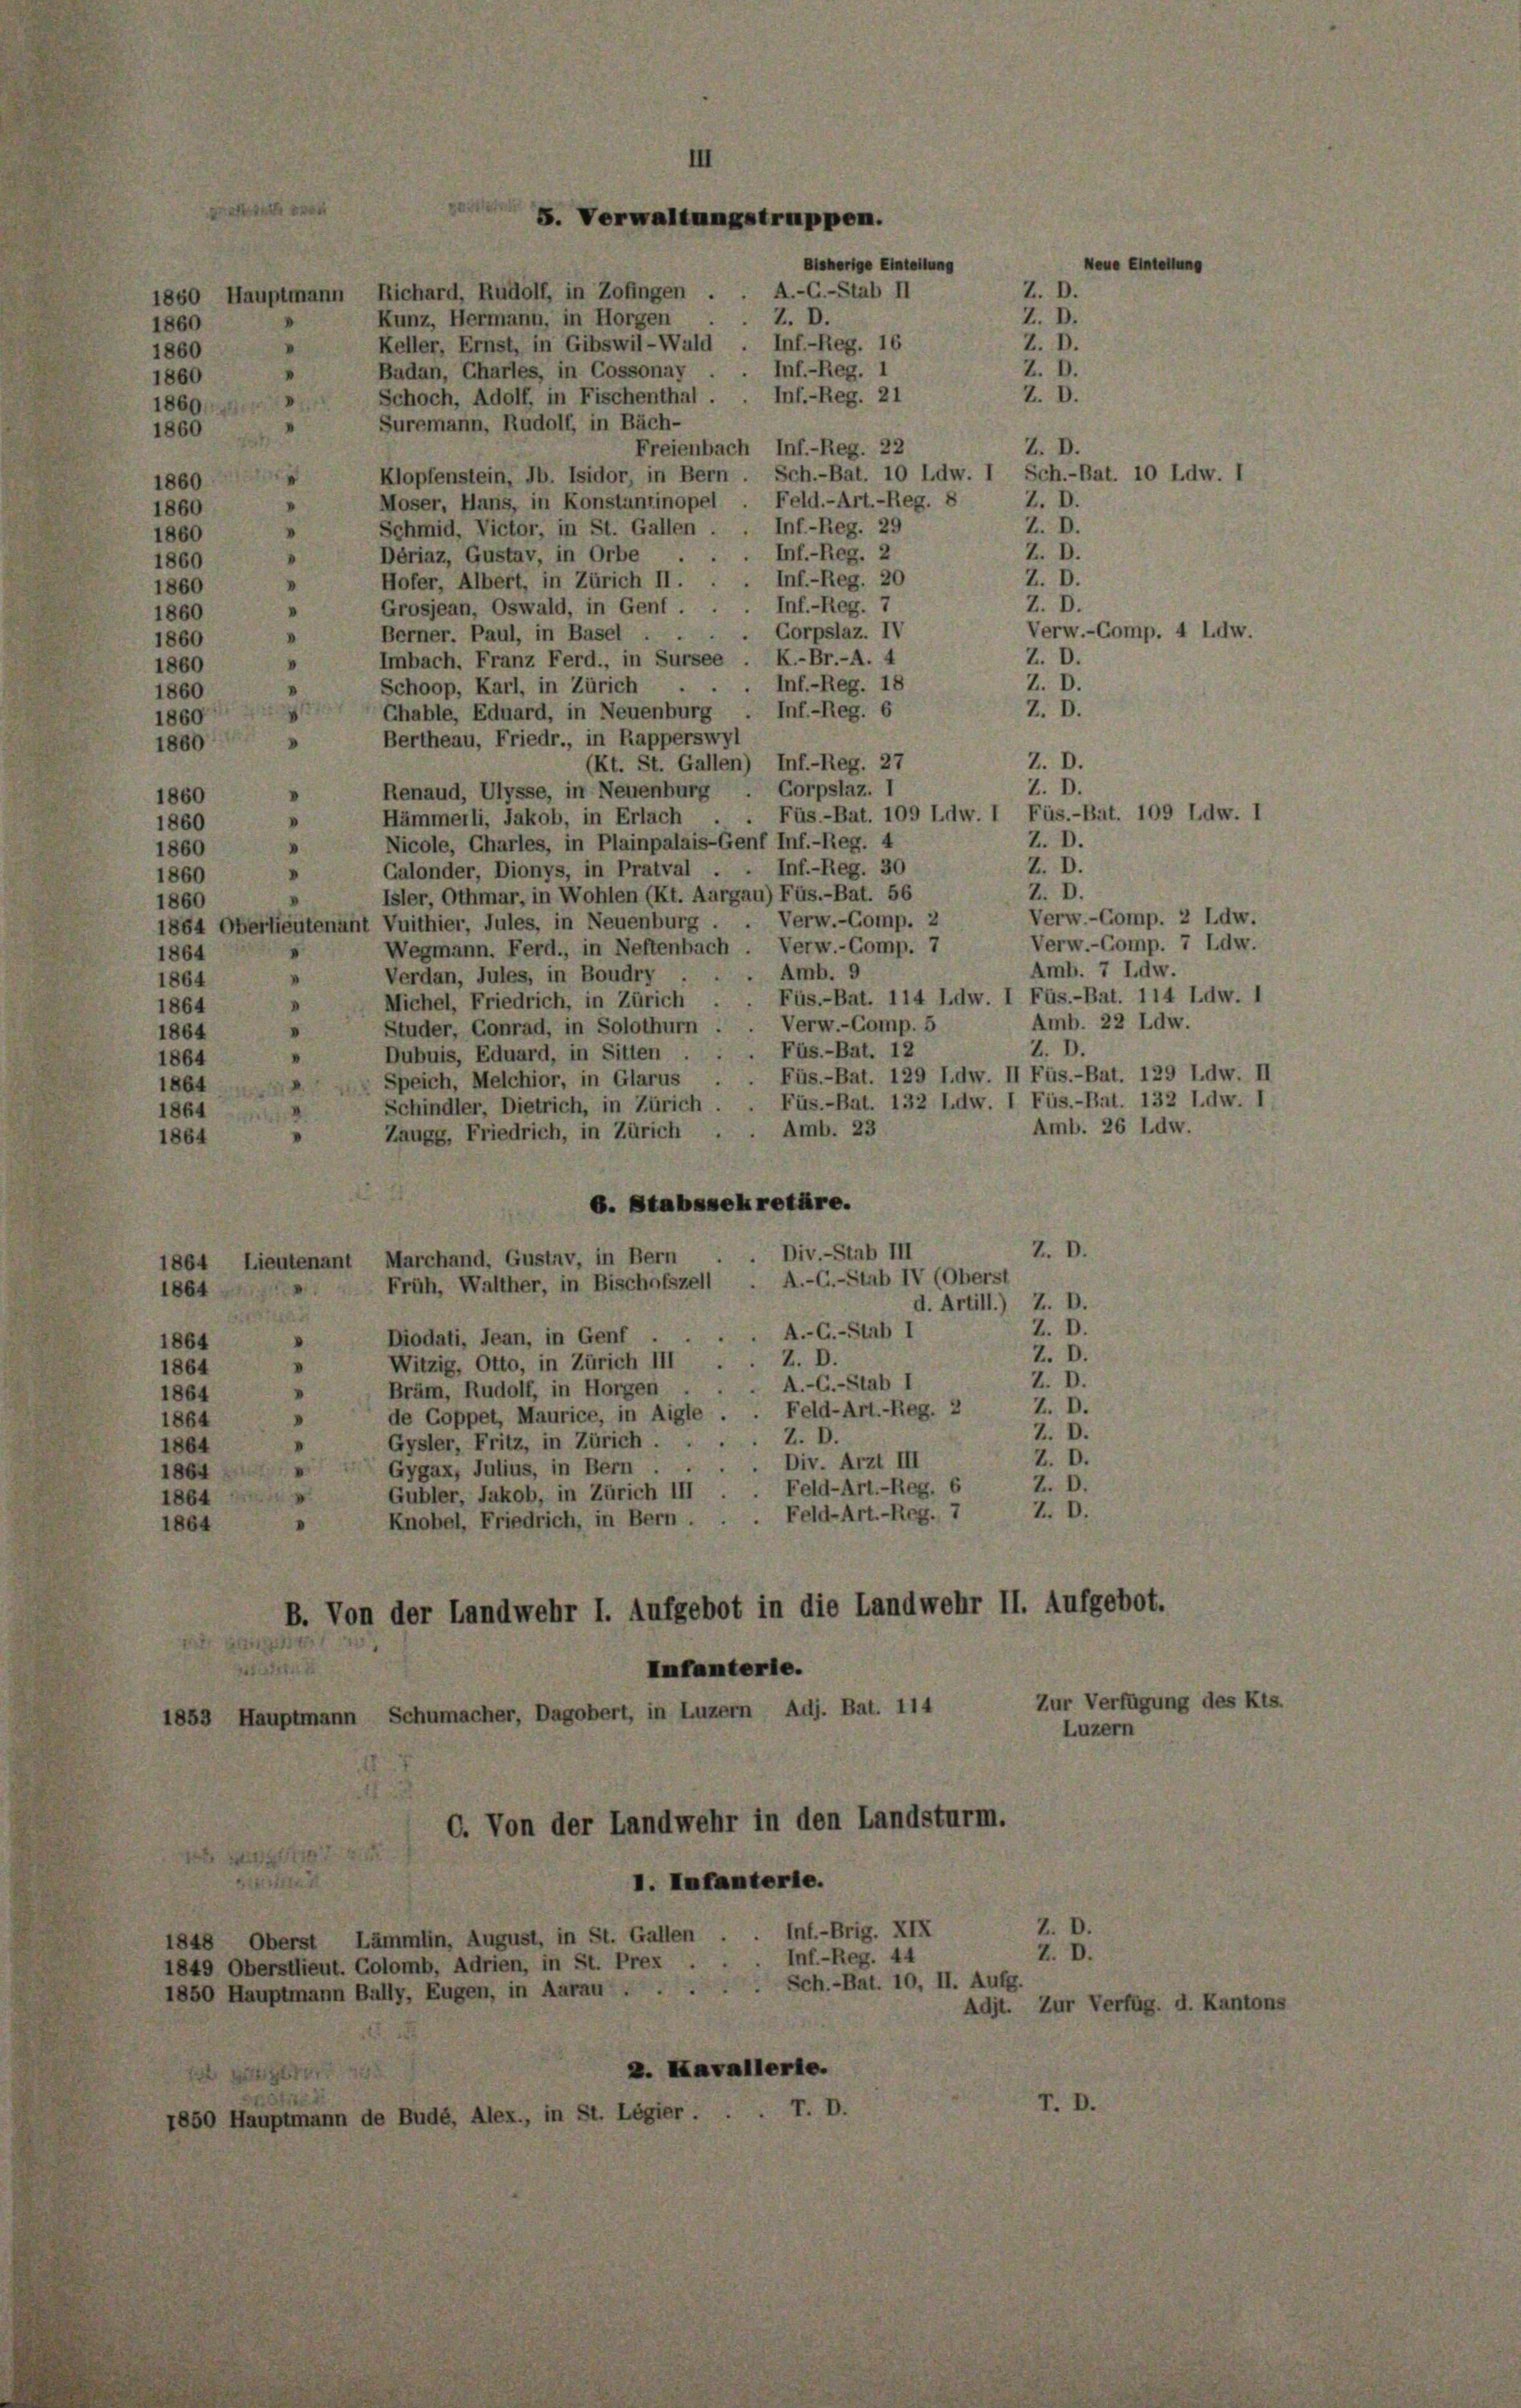
Neue Einteilung
860 Hauptmann Richard, Rudolf, in Zofingen . . A.-C.-Stab II
Kunz, Hermann, in Horgen
Z. D.
Keller, Ernst, in Gibswil-Wald
Z. D.
Badan, Chartes, in Cossonay . . Inf.-Reg. I
860
Inf.-Reg. 21
2. D
Schoch, Adolf, in Fischenthal.
860.
Suremann, Rudolf, in Bäch-
860
Freienbach Inf.-Reg. 22
Z. D.
Klopfenstein, Jb. Isidor, in Bern. Sch.-Bat. 10 Ldw. 1 Sch.-Bat. 10 Ldw. I
1860
Z. D.
Moser, Haris, in Konstantinopel . Feld.-Art.-Reg. 8
860
Z. D.
Schmid, Victor, in St. Gallen . . Inf-Reg. 29
860
Z. D.
Inf.-Reg. 2
Dériaz, Gustav, in Orbe
1860
Inf.-Reg. 20
Z. D.
Hofer, Albert, in Zürich II.
1860
Inf.-Reg.
Z. D.
Grosjean, Oswald, in Genf.
860
Verw.-Comp. 4 Ldw.
Corpslaz. IV
Berner. Paul, in Basel
860
Z. D.
Imbach. Franz Ferd., in Sursee . K.-Br.-A. 4
1860
Z. D.
Inf.-Reg. 18
Schoop, Karl, in Zürich
860
Z. D.
¬
Inf-Reg. 6
Chable, Eduard, in Neuenburg
860
Bertheau, Friedr., in Rapperswyl
860
Z. D.
(Kt. St. Gallen) Inf.-Reg. 27
Z. D.
Renaud, Ulysse, in Neuenburg . Corpslaz. I
860
Füs.-Bat. 109 Ldw. I Füs.-Bat. 109 Ldw. I
Hämmerli, Jakob, in Erlach
860
Z. D.
Nicole, Charles, in Plainpalais-Genf Inf.-Reg. 4
1860
Z. D.
Galonder, Dionys, in Pratval . . Inf.-Reg. 30
D
1860
Z. D.
Isler, Othmar, in Wohlen (Kt. Aargau) Füs.-Bat. 56
Verw.-Comp. 2 Ldw.
Verw.-Comp. 2
854 Oberlieutenant Vuithier, Jules, in Neuenburg.
Verw.-Comp. 7 Ldw.
Wegmann. Ferd., in Neftenbach. Verw.-Comp. 7
864
Amb. 7 Ldw.
Verdan, Jules, in Boudry . . . Amb. 9
864
Füs.-Bat. 114 L.dw. I Füs.-Bat. 114 Ldw. 1
Michel, Friedrich, in Zürich
1864
Amb. 22 Ldw.
Verw.-Gomp. 5
Studer, Conrad, in Solothurn
864
Z. D.
Füs.-Bat. 12
Dubuis, Eduard, in Sitten . .
1864
Füs.-Bat. 129 I.dw. II Füs.-Bat. 129 L.dw. II
Speich, Melchior, in Glarus
864
Füs.-Bat. 132 L.dw. I Füs.-Bat. 132 L.dw. I
Schindler, Dietrich, in Zürich
1864
Amb. 26 Idw.
Zaugg, Friedrich, in Zürich . . Amb. 23
1864
6. Stabssekretäre.
Z. D.
Div.-Stab III
1864 Lieutenant Marchand, Gustav, in Bern
A.-C.-Stab IV (Oberst
Früh, Walther, in Bischofszell
1864
d. Artill) Z. D.
Z. D.
A.-C.-Stab I
Diodati, Jean, in Genf
.
1864
Z. D.
Z. D.
Witzig, Otto, in Zürich III
I
1864
Z. D.
A.-G.-Stab I
Bräm, Rudolf, in Horgen
1864
Z. D.
Feld-Art.-Reg. 2
de Coppet, Maurice, in Aigle
1864
Z. D.
Z. D.
Gysler, Fritz, in Zürich.
1864
2. D
Div. Arzt III
Gygax, Julius, in Bern .
864
Feld-Art.-Reg. 6
Gubler, Jakob, in Zürich III
1864
2.
Feld-Art.-Reg. 7
Knobel, Friedrich, in Bern.
1864
B. Von der Landwehr I. Aufgebot in die Landwehr II. Aufgebot.
Infanterie.
Zur Verfügung des Kts.
1853 Hauptmann Schumacher, Dagobert, in Luzern Adj. Bat. 114
Luzern
C. Von der Landwehr in den Landsturm.
I. Infanterie.
Z. D.
Inf.-Brig. XIX
1848 Oberst Lämmlin, August, in St. Gallen
Z. D.
1849 Oberstlieut. Colomb, Adrien, in St. Prex . . . Inf.-Reg. 44
Sch.-Bat. 10, II. Aufg.
1850 Hauptmann Bally, Eugen, in Aarau ...
Adit. Zur Verfüg, d. Kantons
2. Kavallerte.
1850 Hauptmann de Budé, Alex., in St. Légier . . . T. I

860
1860

860

. Verwaltungstruppen.

Bisherige Einteilung
Z. D.
Inf.-Reg. 16

Z. D.
Z. D.